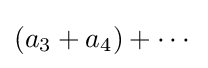
(a_{3}+a_{4})+\cdots